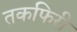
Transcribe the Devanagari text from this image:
तकफिरी